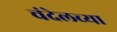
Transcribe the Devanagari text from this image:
चंदेलच्या